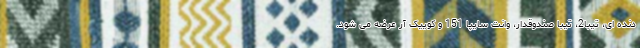
دنده ای، تیبا2، تیبا صندوقدار، وانت سایپا 151 و کوییک آر عرضه می شود.